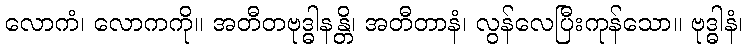
လောကံ၊ လောကကို။ အတီတဗုဒ္ဓါနန္တိ၊ အတီတာနံ၊ လွန်လေပြီးကုန်သော။ ဗုဒ္ဓါနံ၊